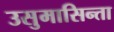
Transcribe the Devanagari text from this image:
उसुमासिन्ता